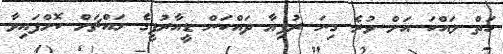
ހަތް ލައްކަ އަށް ވުރެ ގިނަ ރުފިޔާ ދައްކަން ޑީއާރުޕީގެ މައްޗަށް ކޮށްފައިވާ